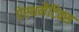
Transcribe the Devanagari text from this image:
ऐस्थमैटिक्स